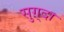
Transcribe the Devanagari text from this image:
सुग़्दा